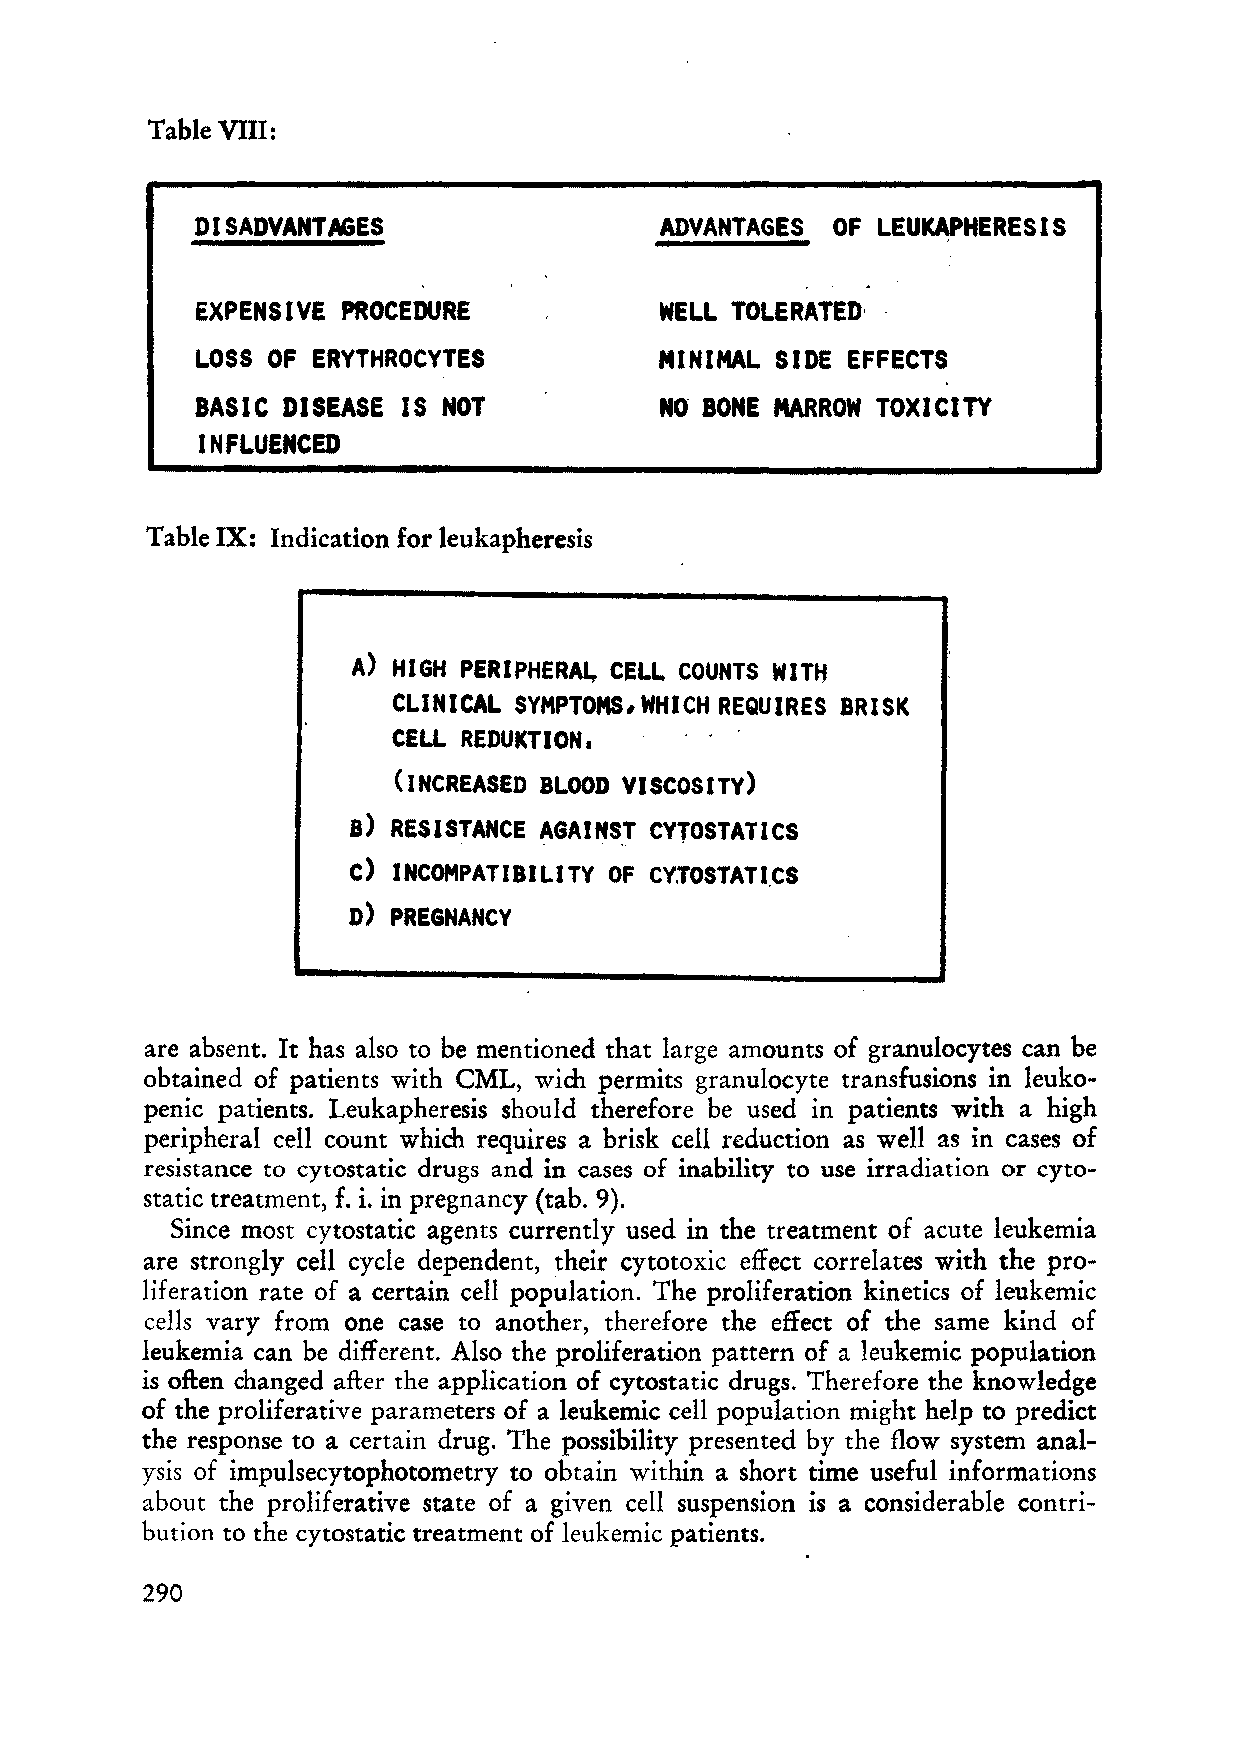
Table VIII:
 DISADVANTAGES                  ADVANTA6ES OF LEUKAPHERESIS
 EXPENSIVE PROCEDURE            WELL TOLERATED·
 LOSS OF ERYTHROCYTES           MINIMAL SIDE EFFECTS
 BASIC DISEASE IS NOT           NO BONE MARROW TOXICITY
 INFLUENCED
 Table IX: Indieation for leukapheresis
 A) HIGH PERIPHER~ CELL COUNTS WITH
 CLINICAL SYMPTOMS, WHICH REQUIRES BRISK
 CELL REDUKTION.
 (INCREASED BLOOD VISCOSITY)
 B) RESISTANCE AGAINST CYTOSTATICS
 .    .    ,.. .
 C) INCOMPATIBILITY OF Cy;rOSTATI,CS
 D) PREGNANCY
 are absent. It has also to be mentioned that large amounts of granuloeytes ean be
 obtained of patients with CML, wich permits granuloeyte transfusions in leuko
 penie patients. Leukapheresis should therefore be used in patients with a high
 peripheral eell count which requires a brisk cell reduction as weIl as in cases of
 resistance to cytostatic drugs and in cases of inability to use irradiation or cyto
 static treatment, f. i. in pregnancy (tab. 9).
 Since most cytostatic agents currently used in the treatment of aeute leukemia
 are strongly cell eycle dependent, their eytotoxic effeet eorrelates with the pro
 liferation rate of a certain eell population. The proliferation kinetics of Ieukemie
 cells vary from one case to another, therefore the effeet of the same kind of
 leukemia can be different. Also the proliferation pattern of a leukemie population
 is often changed after the application of eytostatic drugs. Therefore the knowledge
 of the proliferative parameters of a leukemic cell population might help to predict
 the response to a certain drug. The possibility presented by the flow system anal
 ysis of impulseeytophotometry to obtain within a short time useful informations
 about the proliferative state of a given cell suspension is a considerable eontri
 bution to the cytostatie treatment of Ieukemic patients.
 290